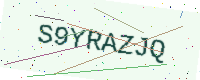
Text: S9YRAZJQ